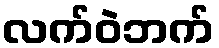
လက်ဝဲဘက်